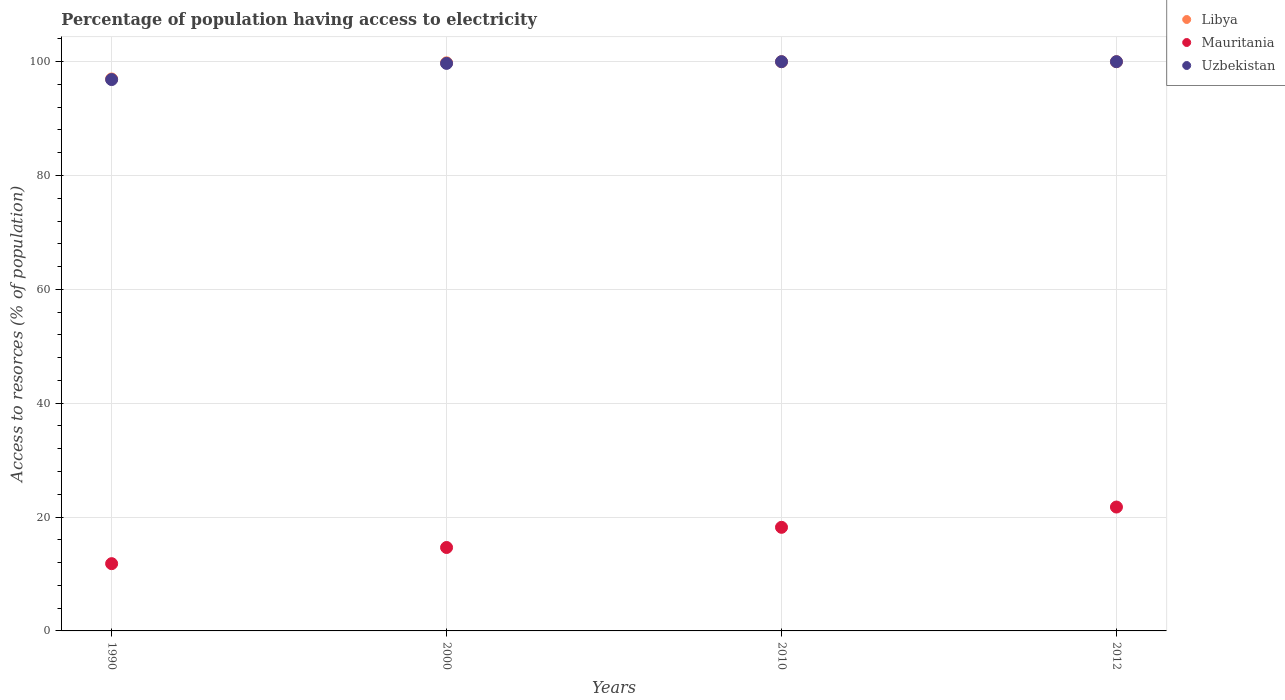
| Years | Libya | Mauritania | Uzbekistan |
 | --- | --- | --- | --- |
 | 1990 | 97 | 11.8 | 96.9 |
 | 2000 | 99.8 | 14.7 | 99.7 |
 | 2010 | 100 | 18.2 | 100 |
 | 2012 | 100 | 21.8 | 100 |